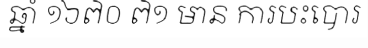
ឆ្នាំ ១៦៧០ ៧១ មាន ការបះបោរ